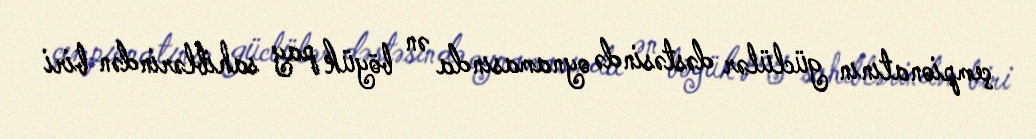
çempionatının güclülər dəstəsində oynamasında ən böyük pay sahiblərindən biri